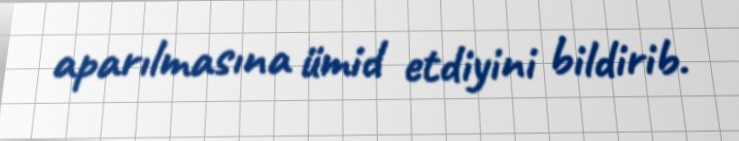
aparılmasına ümid etdiyini bildirib.